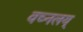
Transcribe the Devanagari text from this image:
वच्नलय्